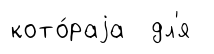
кото́раjа дл'я